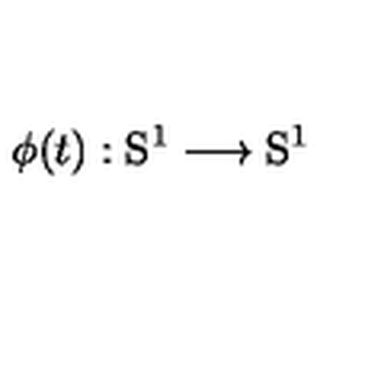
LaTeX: \phi ( t ) : \mathrm { S } ^ { 1 } \longrightarrow \mathrm { S } ^ { 1 }